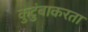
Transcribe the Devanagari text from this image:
कुटुंबाकरता